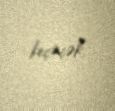
keçəcək.